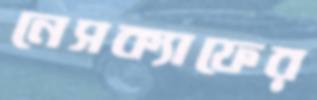
নেসক্যাফের